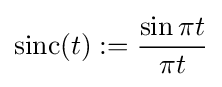
\operatorname {sinc} (t):={\frac {\sin {\pi t}}{\pi t}}